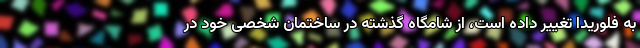
به فلوریدا تغییر داده است، از شامگاه گذشته در ساختمان شخصی خود در